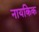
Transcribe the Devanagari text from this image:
नायकिक